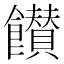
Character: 𩟪